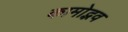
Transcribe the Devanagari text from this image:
कामोद्भव